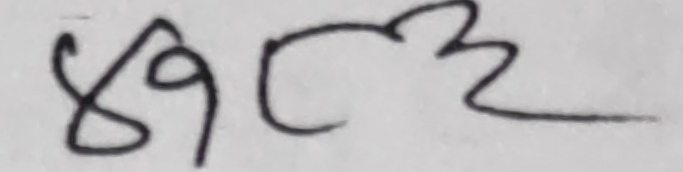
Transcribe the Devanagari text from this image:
४९८२